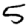
Digit: 5